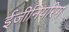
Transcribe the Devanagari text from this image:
ईजीनियरिग